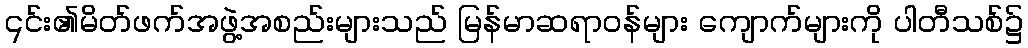
၎င်း၏မိတ်ဖက်အဖွဲ့အစည်းများသည် မြန်မာဆရာဝန်များ ကျောက်များကို ပါတီသစ်၌